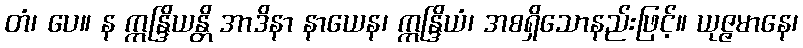
တံ၊ ပေ။ န ဣန္ဒြိယန္တိ အာဒိနာ နာယေန၊ ဣန္ဒြိယံ၊ အစရှိသောနည်းဖြင့်။ ယုဇ္ဇမာနေ၊